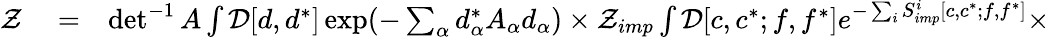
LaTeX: \begin{array}{rlr}{{\cal Z}}&{{}=}&{\operatorname*{det}^{-1}A\int{\cal D}[d,d^{*}]\exp(-\sum_{\alpha}d_{\alpha}^{*}A_{\alpha}d_{\alpha})\times{\cal Z}_{imp}\int{\cal D}[c,c^{*};f,f^{*}]e^{-\sum_{i}S_{imp}^{i}[c,c^{*};f,f^{*}]}\times}\end{array}